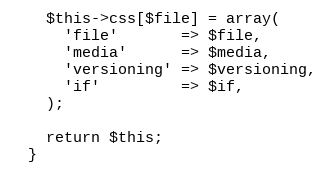
Language: PHP
    $this->css[$file] = array(
      'file'       => $file,
      'media'      => $media,
      'versioning' => $versioning,
      'if'         => $if,
    );

    return $this;
  }